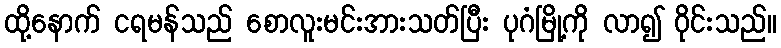
ထို့နောက် ငရမန်သည် စောလူးမင်းအားသတ်ပြီး ပုဂံမြို့ကို လာ၍ ဝိုင်းသည်။